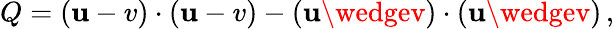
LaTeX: Q=(\mathbf{u}-v)\cdot(\mathbf{u}-v)-(\mathbf{u}\wedgev)\cdot(\mathbf{u}\wedgev)\, ,